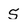
Character: 5